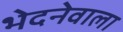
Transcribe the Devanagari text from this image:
भेदनेवाला